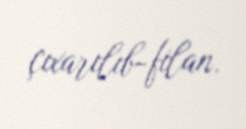
çıxarılıb-filan.